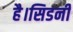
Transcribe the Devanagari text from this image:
है।सिडनी